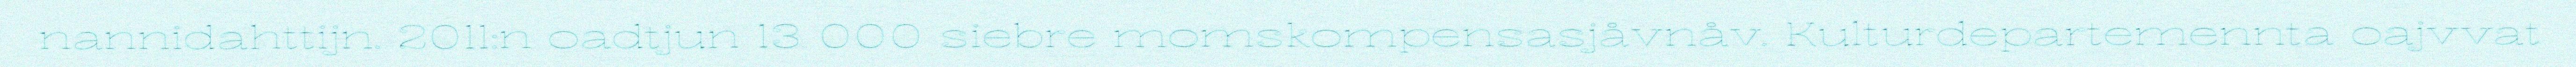
nannidahttijn. 2011:n oadtjun 13 000 siebre momskompensasjåvnåv. Kulturdepartemennta oajvvat